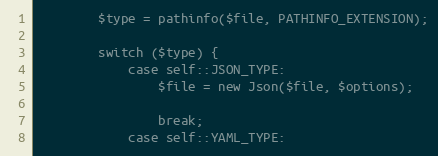
Language: PHP
        $type = pathinfo($file, PATHINFO_EXTENSION);

        switch ($type) {
            case self::JSON_TYPE:
                $file = new Json($file, $options);

                break;
            case self::YAML_TYPE: